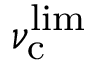
\nu _ { \mathrm { c } } ^ { \mathrm { l i m } }